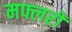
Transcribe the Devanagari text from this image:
मफ्लरों